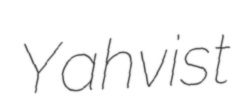
Yahvist